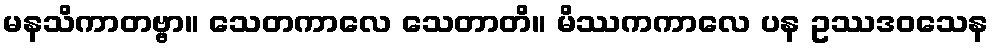
မနသိကာတဗ္ဗာ။ သေတကာလေ သေတာတိ။ မိဿကကာလေ ပန ဥဿဒဝသေန